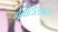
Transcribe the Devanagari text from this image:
गैमीटोसाइट्स